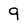
Character: 9